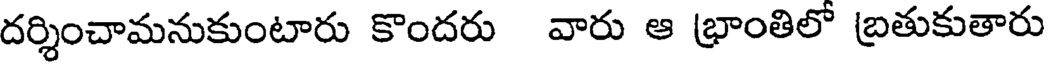
దర్శించామనుకుంటారు కొందరు వారు ఆ భ్రాంతిలో బ్రతుకుతారు